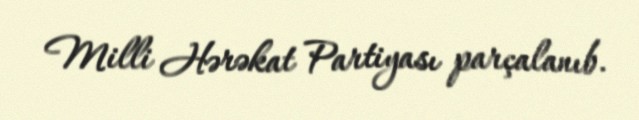
Milli Hərəkat Partiyası parçalanıb.